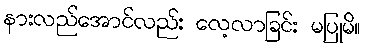
နားလည်အောင်လည်း လေ့လာခြင်း မပြုမိ။